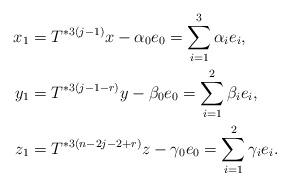
LaTeX: \begin{align*} x_{1}&= T^{*3(j-1)}x -\alpha_{0}e_{0}= \sum_{i=1}^{3}\alpha_{i}e_{i},\\ y_{1}&= T^{*3(j-1-r)}y -\beta_{0}e_{0}= \sum_{i=1}^{2}\beta_{i}e_{i},\\ z_{1}&= T^{*3(n-2j-2+r)}z -\gamma_{0}e_{0}= \sum_{i=1}^{2}\gamma_{i}e_{i}. \end{align*}